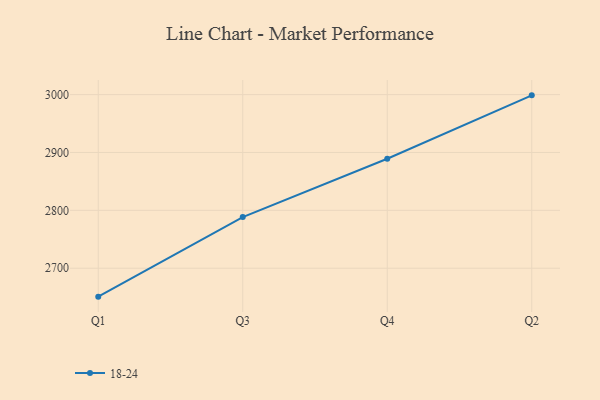
{"axis": {"x": "Quarter", "y": "Shipments"}, "legend": ["18-24"], "data": [{"x": "Q1", "y": 2650.9, "type": "18-24"}, {"x": "Q3", "y": 2788.4, "type": "18-24"}, {"x": "Q4", "y": 2889.2, "type": "18-24"}, {"x": "Q2", "y": 2998.7, "type": "18-24"}]}